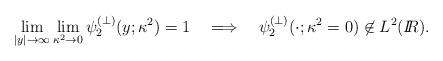
LaTeX: \begin{align*}\lim_{|y|\rightarrow \infty} \lim_{\kappa^2\rightarrow 0}\psi_2^{(\perp)}(y;\kappa^2) = 1 \quad \Longrightarrow \quad \psi_2^{(\perp)}(\cdot;\kappa^2=0)\not\in L^2(I\!\!R).\end{align*}